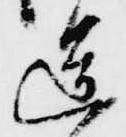
逗